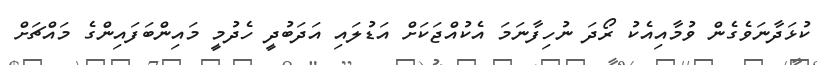
ކުޅަދާނަވެގެން ވުމާއިއެކު ރޯދަ ނުހިފާނަމަ އެކުއްޖަކަށް އަޑުލައި އަދަބުދީ ހެދުމީ މައިންބަފައިންގެ މައްޗަށް